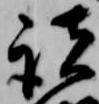
諸